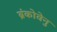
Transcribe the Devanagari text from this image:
ब्रंकोवेनु